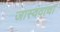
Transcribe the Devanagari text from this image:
जास्वंदाचा